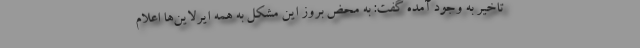
تاخیر به وجود آمده گفت: به محض بروز این مشکل به همه ایرلاین‌ها اعلام